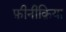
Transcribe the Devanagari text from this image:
फ़ीनीक्रिया